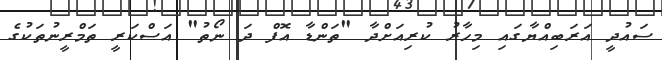
ސައުދީ އަރަބިއްޔާގައި މިހާރު ކުރިއަށްދާ "ތަންޑާ އޮފް ދަ ނޯތު" އަސްކަރީ ތަމްރީނުތަކުގެ